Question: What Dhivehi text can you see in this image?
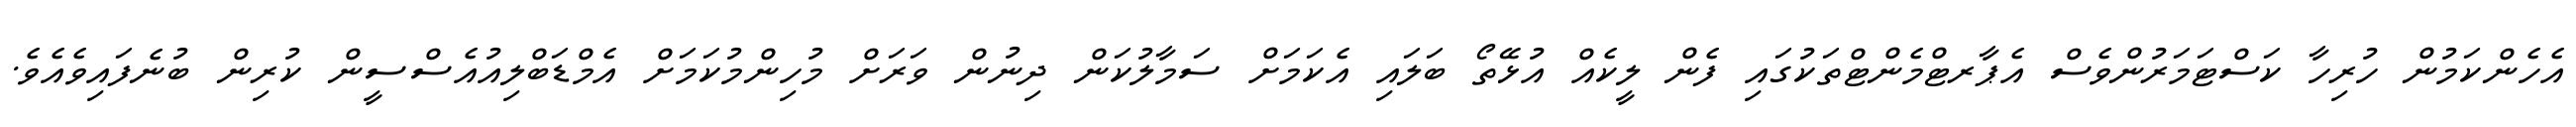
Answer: އެހެންކަމުން ހުރިހާ ކަސްޓަމަރުންވެސް އެޕާރޓްމެންޓްތަކުގައި ފެން ލީކެއް އުޅޭތޯ ބަލައި އެކަމަށް ސަމާލުކަން ދިނުން ވަރަށް މުހިންމުކަމަށް އެމްޑަބްލިއުއެސްސީން ކުރިން ބުނެފައިވެއެވެ.